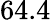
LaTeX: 64.4